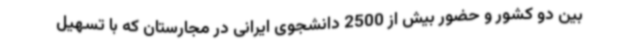
بین دو کشور و حضور بیش از 2500 دانشجوی ایرانی در مجارستان که با تسهیل